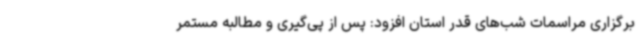
برگزاری مراسمات شب‌های قدر استان افزود: پس از پی‌گیری و مطالبه مستمر